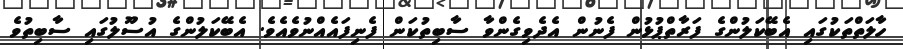
ހާލަތްތަކުގައި އެބޭކަލުންގެ ފަރާތްޕުޅުން ފެނުން އެދެވިގެންވާ ސާބިތުކަން ފެނިފައެއްނުވެއެވެ. އެބޭކަލުންގެ އުސޫލުގައި ސާބިތުވެ